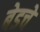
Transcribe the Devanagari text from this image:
बेडचे